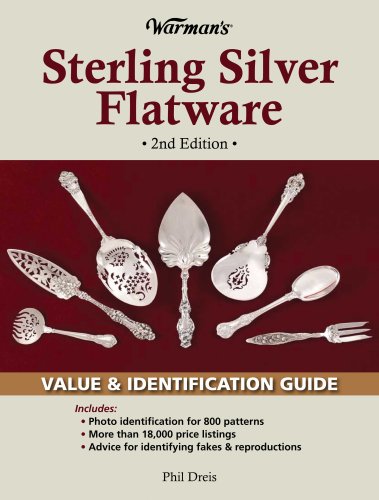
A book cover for Warman's Sterling Silver Flatware: Value & Identification Guide, 2nd Edition; Phil Dreis; Crafts, Hobbies & Home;